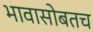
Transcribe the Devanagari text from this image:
भावासोबतच